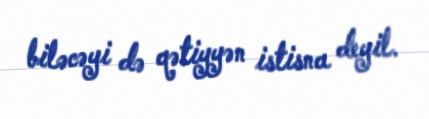
biləcəyi də qətiyyən istisna deyil.